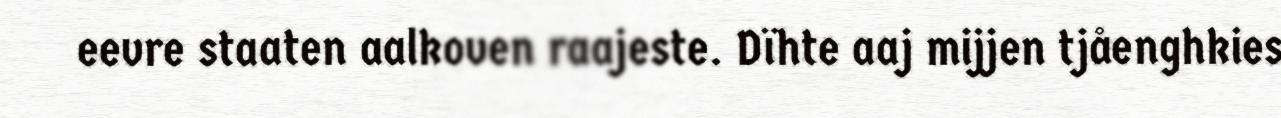
eevre staaten aalkoven raajeste. Dïhte aaj mijjen tjåenghkies